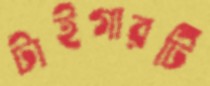
টাইগারটি